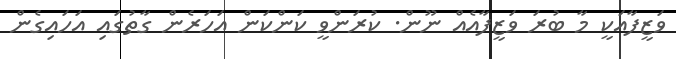
ވަޒީފާއަކީ މާ ބުރަ ވަޒީފާއެއް ނޫން. ކުރަންވީ ކަންކަން އަހަރެން ގާތުގައި އަހައިގެން